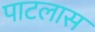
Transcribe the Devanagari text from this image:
पाटलास